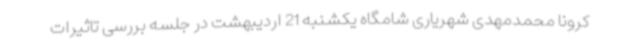
کرونا محمدمهدی شهریاری شامگاه یکشنبه 21 اردیبهشت در جلسه بررسی تاثیرات